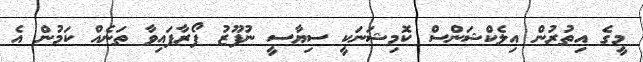
މީގެ އިތުރުން އިލެކްޝަންސް ކޮމިޝަނަކީ ސިޔާސީ ނުފޫޒު ފޯރާފައިވާ ތަނެއް ކަމުން އެ